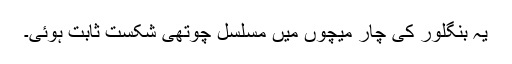
یہ بنگلور کی چار میچوں میں مسلسل چوتھی شکست ثابت ہوئی۔